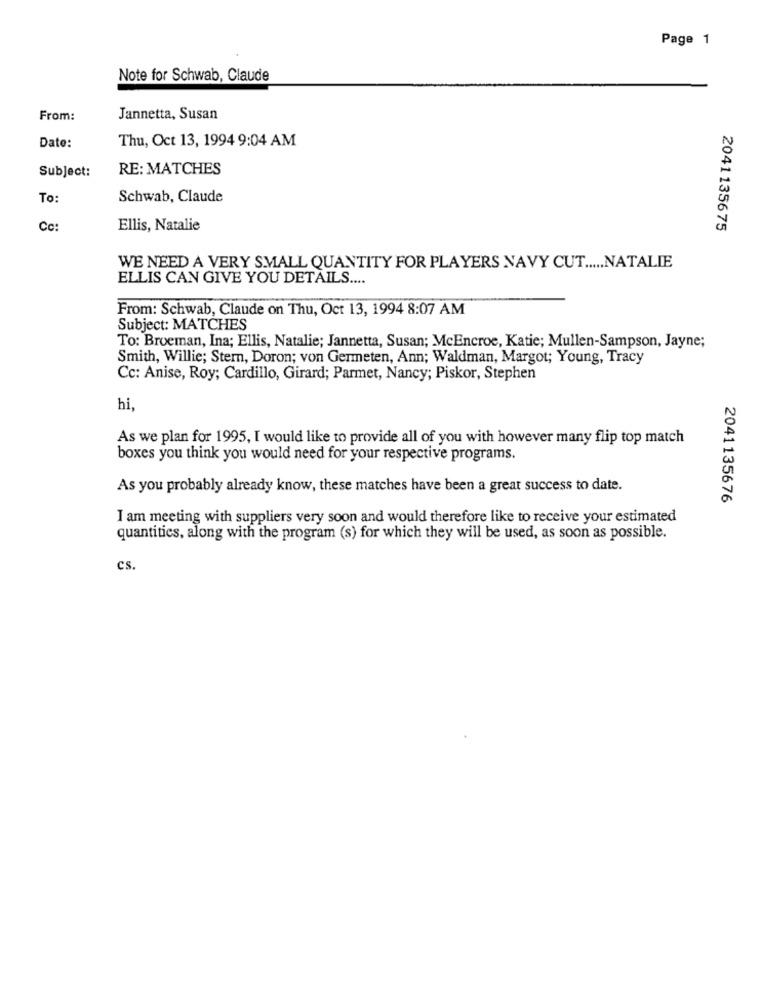
Page 1
Note for Schwab, Claude
From:
Jannetta, Susan
Thu, Oct 13, 1994 9:04 AM
Date:
Subject:
RE: MATCHES
To
Schwab, Claude
Cc:
Ellis, Natalie
2041135675
WE NEED A VERY SMALL QUANTITY FOR PLAYERS NAVY CUT ..... NATALIE
ELLIS CAN GIVE YOU DETAILS ....
From: Schwab, Claude on Thu, Oct 13, 1994 8:07 AM
Subject: MATCHES
To: Broeman, Ina; Ellis, Natalie; Jannetta, Susan; McEncroe, Katie; Mullen-Sampson, Jayne;
Smith, Willie; Stern, Doron; von Germeten, Ann; Waldman, Margot; Young, Tracy
Cc: Anise, Roy; Cardillo, Girard; Parmet, Nancy; Piskor, Stephen
hi,
As we plan for 1995, I would like to provide all of you with however many flip top match
boxes you think you would need for your respective programs.
As you probably already know, these matches have been a great success to date.
2041135676
I am meeting with suppliers very soon and would therefore like to receive your estimated
quantities, along with the program (s) for which they will be used, as soon as possible.
cs.